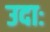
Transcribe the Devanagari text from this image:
उदाः